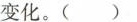
变化。( )